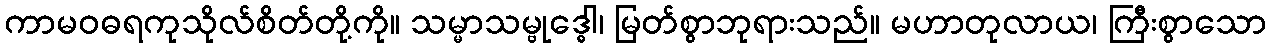
ကာမဝဓရကုသိုလ်စိတ်တို့ကို။ သမ္မာသမ္ဗုဒ္ဓေါ၊ မြတ်စွာဘုရားသည်။ မဟာတုလာယ၊ ကြီးစွာသော